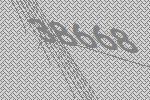
38668